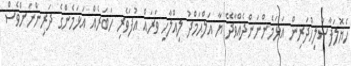
ހެޔޮލަފާސާލިހްދަރިން އަޅަމެންނަންދެއްވާދޭ ޔާ އަލްޙަމްދު ލިއްލާހި ވަރައް އުފަަވެރި ހަބަރެއް އަޅަމެންގެ ދަރިންނަށްވެސް